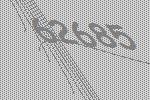
62685